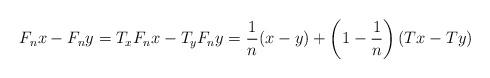
LaTeX: \begin{align*}F_{n}x-F_{n}y=T_{x}F_{n}x-T_{y}F_{n}y=\frac{1}{n}(x-y)+\left( 1-\frac{1}{n}\right) (Tx-Ty) \end{align*}